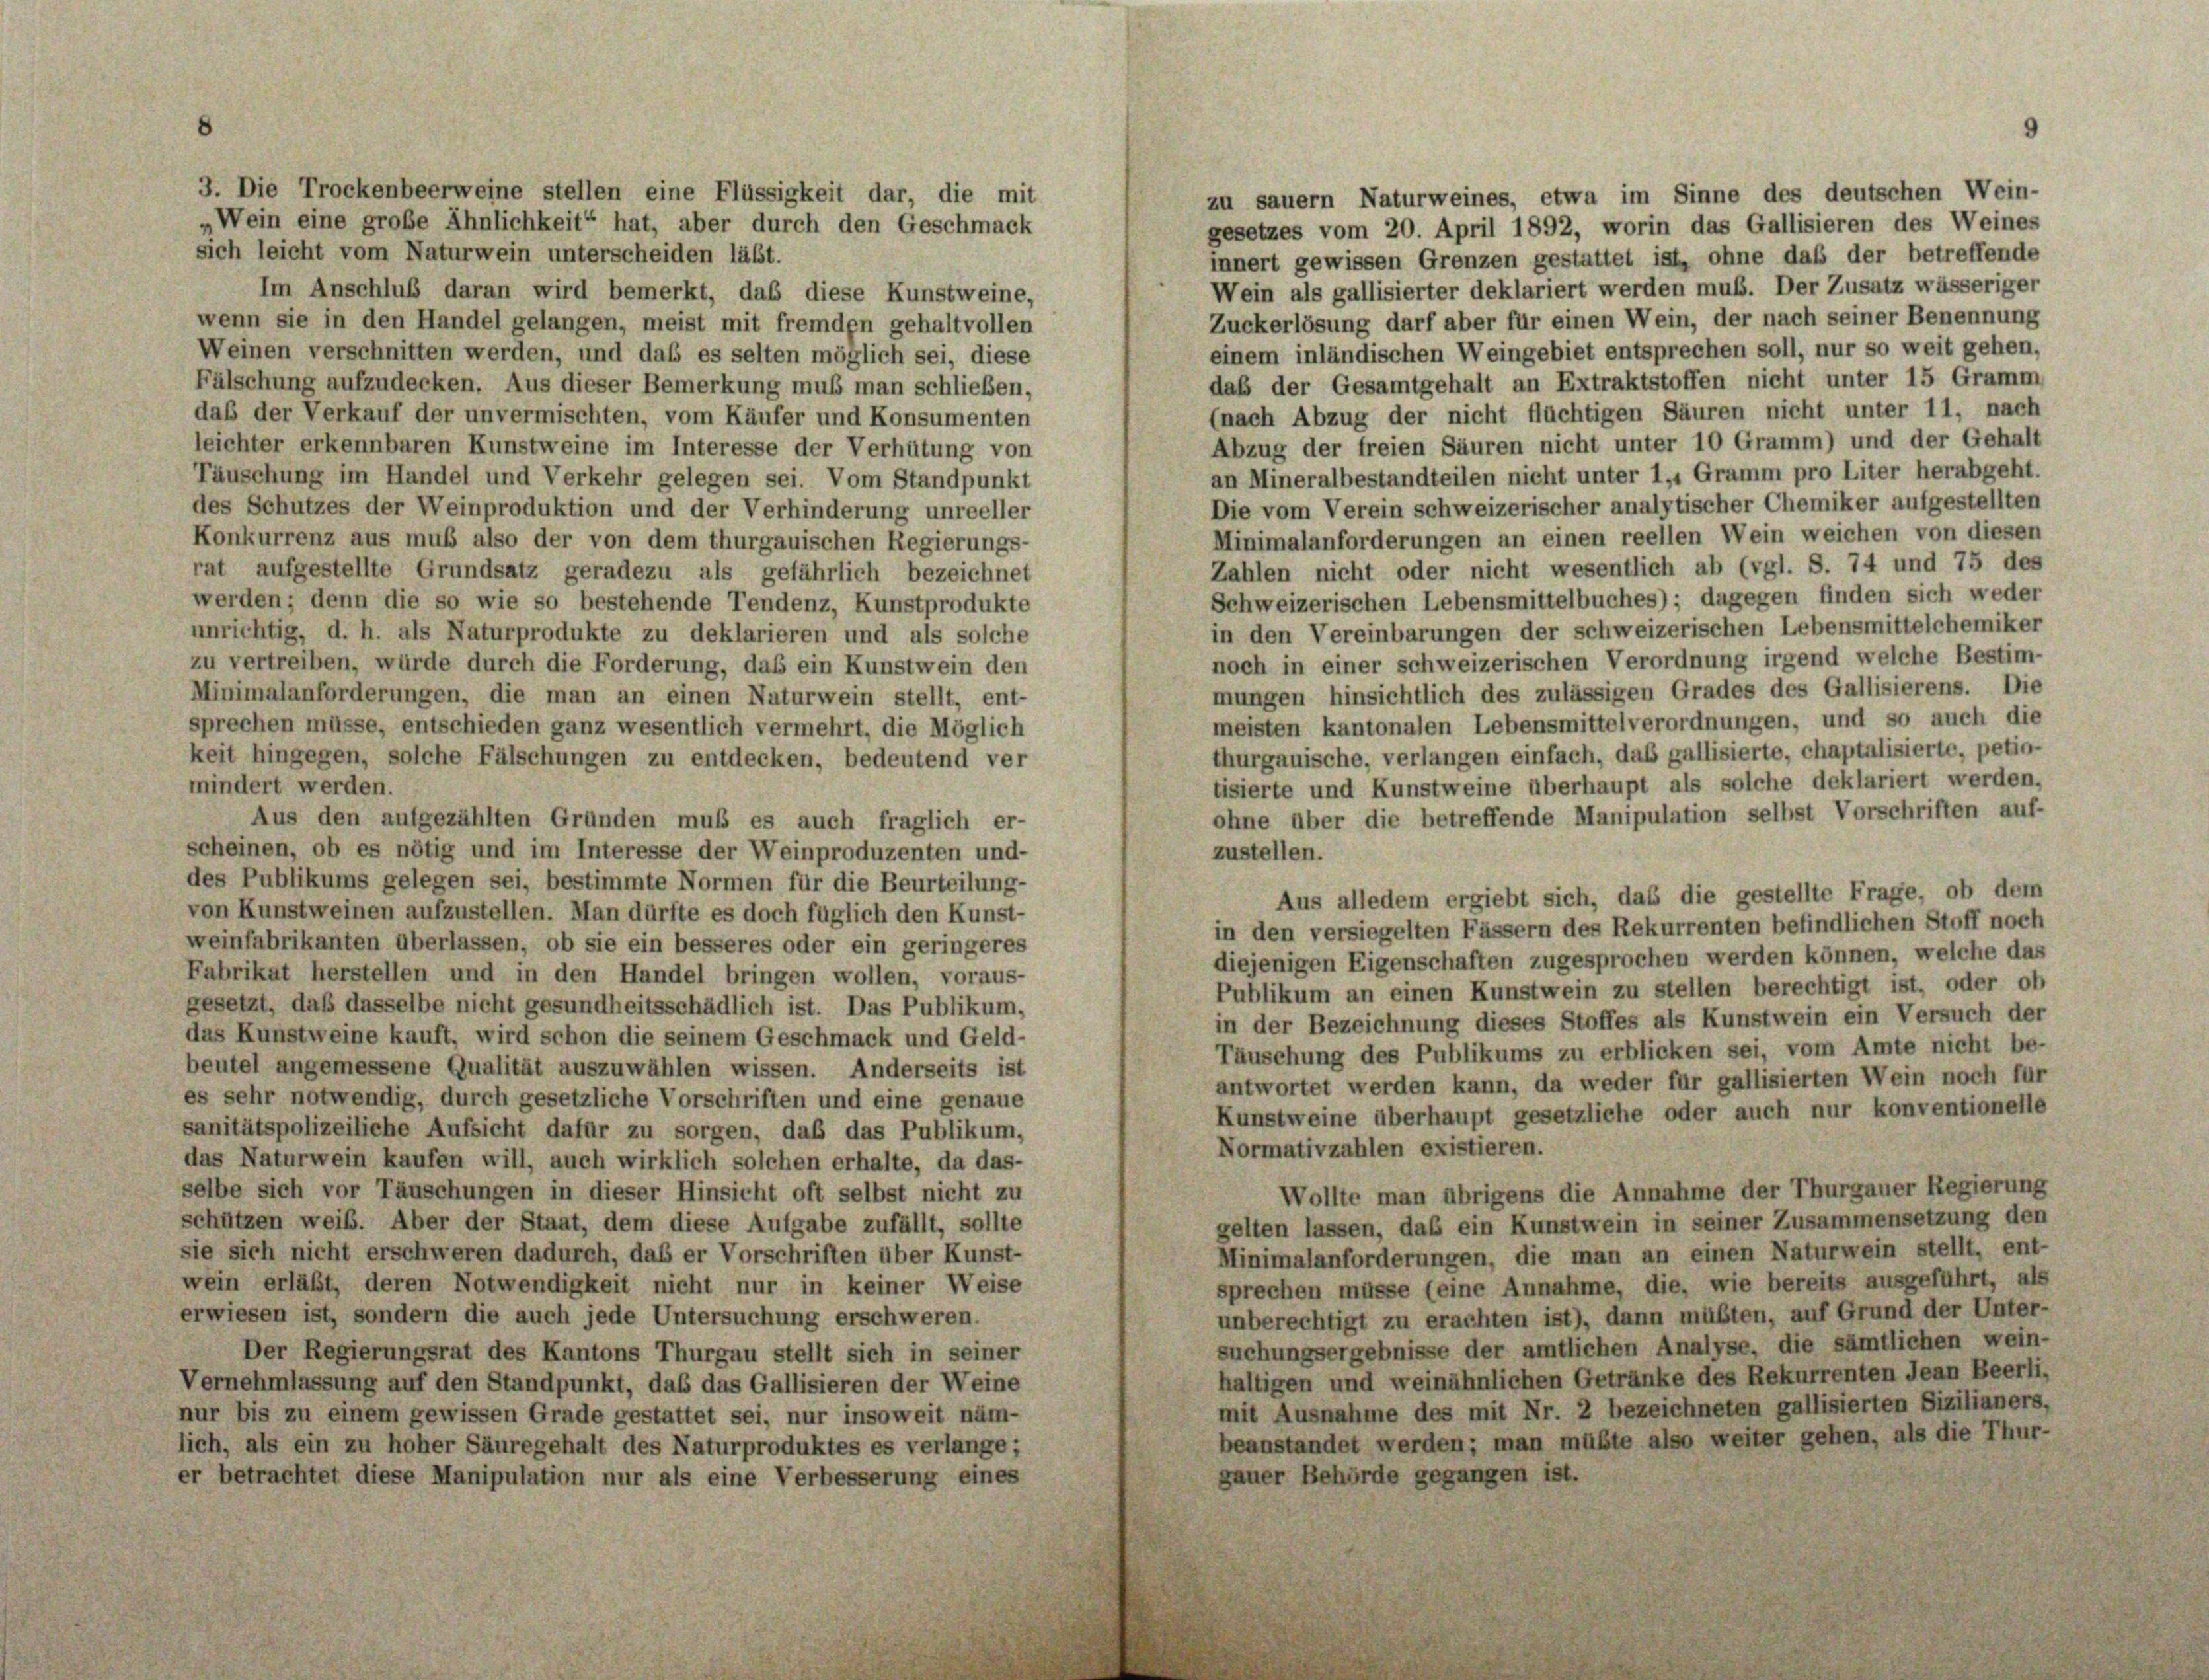
3. Die Trockenbeerweine stellen eine Flüssigkeit dar, die mit
„Wein eine große Ähnlichkeit“ hat, aber durch den Geschmack

zu sauern Naturweines, etwa im Sinne des deutschen Wein-
gesetzes vom 20. April 1892, worin das Gallisieren des Weines
sich leicht vom Naturwein unterscheiden läßt.
innert gewissen Grenzen gestattet ist, ohne daß der betreffende
Wein als gallisierter deklariert werden muß. Der Zusatz wässeriger
Im Anschluß daran wird bemerkt, daß diese Kunstweine,
Zuckerlösung darf aber für einen Wein, der nach seiner Benennung
wenn sie in den Handel gelangen, meist mit fremden gehaltvollen
einem inländischen Weingebiet entsprechen soll, nur so weit gehen,
Weinen verschnitten werden, und daß es selten möglich sei, diese
daß der Gesamtgehalt an Extraktstoffen nicht unter 15 Gramm
Fälschung aufzudecken. Aus dieser Bemerkung muß man schließen,
(nach Abzug der nicht flüchtigen Säuren nicht unter 11, nach
daß der Verkauf der unvermischten, vom Käufer und Konsumenten
Abzug der freien Säuren nicht unter 10 Gramm) und der Gehalt
leichter erkennbaren Kunstweine im Interesse der Verhütung von
an Mineralbestandteilen nicht unter 1, Gramm pro Liter herabgeht.
Täuschung im Handel und Verkehr gelegen sei. Vom Standpunkt
Die vom Verein schweizerischer analytischer Chemiker aufgestellten
des Schutzes der Weinproduktion und der Verhinderung unreeller
Minimalanforderungen an einen reellen Wein weichen von diesen
Konkurrenz aus muß also der von dem thurgauischen Regierungs-
Zahlen nicht oder nicht wesentlich ab (vgl. S. 74 und 75 des
rat aufgestellte Grundsatz geradezu als gefährlich bezeichnet
Schweizerischen Lebensmittelbuches); dagegen finden sich weder
werden; denn die so wie so bestehende Tendenz, Kunstprodukte
in den Vereinbarungen der schweizerischen Lebensmittelchemiker
unrichtig, d. h. als Naturprodukte zu deklarieren und als solche
noch in einer schweizerischen Verordnung irgend welche Bestim-
zu vertreiben, würde durch die Forderung, daß ein Kunstwein den
mungen hinsichtlich des zulässigen Grades des Gallisierens. Die
Minimalanforderungen, die man an einen Naturwein stellt, ent-
meisten kantonalen Lebensmittelverordnungen, und so auch die
sprechen müsse, entschieden ganz wesentlich vermehrt, die Möglich
thurgauische, verlangen einfach, das gallisierte, chaptalisierte, petio-
keit hingegen, solche Fälschungen zu entdecken, bedeutend ver
tisierte und Kunstweine überhaupt als solche deklariert werden,
mindert werden.
ohne über die betreffende Manipulation selbst Vorschriften auf-
Aus den aufgezählten Gründen muß es auch fraglich er-
scheinen, ob es nötig und im Interesse der Weinproduzenten und-
zustellen.
des Publikums gelegen sei, bestimmte Normen für die Beurteilung-
Aus alledem ergiebt sich, das die gestellte Frage, ob dem
von Kunstweinen aufzustellen. Man dürfte es doch füglich den Kunst-
in den versiegelten Fässern des Rekurrenten befindlichen Stoff noch
weinfabrikanten überlassen, ob sie ein besseres oder ein geringeres
diejenigen Eigenschaften zugesprochen werden können, welche das
Fabrikat herstellen und in den Handel bringen wollen, voraus-
Publikum an einen Kunstwein zu stellen berechtigt ist, oder ob
gesetzt, daß dasselbe nicht gesundheitsschädlich ist. Das Publikum,
in der Bezeichnung dieses Stoffes als Kunstwein ein Versuch der
das Kunstweine kauft, wird schon die seinem Geschmack und Geld-
Täuschung des Publikums zu erblicken sei, vom Amte nicht be-
beutel angemessene Qualität auszuwählen wissen. Anderseits ist
antwortet werden kann, da weder für gallisierten Wein noch für
es sehr notwendig, durch gesetzliche Vorschriften und eine genaue
Kunstweine überhaupt gesetzliche oder auch nur konventionelle
sanitätspolizeiliche Aufsicht dafür zu sorgen, daß das Publikum,
Normativzahlen existieren.
das Naturwein kaufen will, auch wirklich solchen erhalte, da das-
selbe sich vor Täuschungen in dieser Hinsicht oft selbst nicht zu
Wollte man übrigens die Annahme der Thurgauer Regierung
schützen weiß. Aber der Staat, dem diese Aufgabe zufällt, sollte
gelten lassen, das ein Kunstwein in seiner Zusammensetzung den
sie sich nicht erschweren dadurch, daß er Vorschriften über Kunst-
Minimalanforderungen, die man an einen Naturwein stellt, ent-
wein erläßt, deren Notwendigkeit nicht nur in keiner Weise
sprechen müsse (eine Annahme, die, wie bereits ausgeführt, als
erwiesen ist, sondern die auch jede Untersuchung erschweren.
unberechtigt zu erachten ist), dann müßten, auf Grund der Unter-
suchungsergebnisse der amtlichen Analyse, die sämtlichen wein-
Der Regierungsrat des Kantons Thurgau stellt sich in seiner
haltigen und weinähnlichen Getränke des Rekurrenten Jean Beerli,
Vernehmlassung auf den Standpunkt, daß das Gallisieren der Weine
mit Ausnahme des mit Nr. 2 bezeichneten gallisierten Sizilianers,
nur bis zu einem gewissen Grade gestattet sei, nur insoweit näm-
beanstandet werden; man müßte also weiter gehen, als die Thur-
lich, als ein zu hoher Säuregehalt des Naturproduktes es verlange;
gauer Behörde gegangen ist.
er betrachtet diese Manipulation nur als eine Verbesserung eines